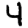
Digit: 4